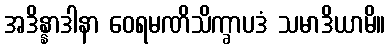
အဒိန္နာဒါနာ ဝေရမဏိသိက္ခာပဒံ သမာဒိယာမိ။